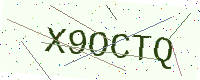
Text: X9OCTQ